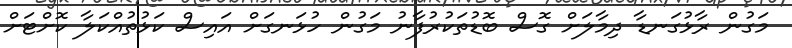
މަގުން ރާޅުގަނޑާ ދިމާލަށް ގޮސް ބޮޑުތަކުރުފާނު މަގުން ހުޅަނގަށް އައިސް ކަޅުތުއްކަލާ ކޮށްޓަށް